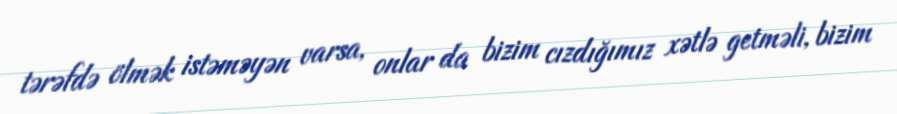
tərəfdə ölmək istəməyən varsa, onlar da bizim cızdığımız xətlə getməli, bizim